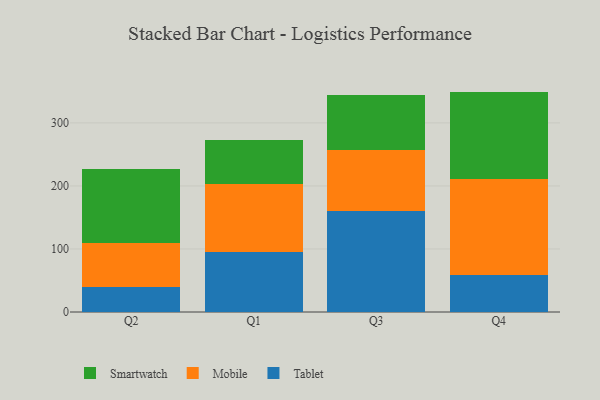
{"axis": {"x": "Quarter", "y": "Headcount"}, "legend": ["Mobile", "Smartwatch", "Tablet"], "data": [{"x": "Q2", "y": 39.6, "type": "Tablet"}, {"x": "Q2", "y": 69.5, "type": "Mobile"}, {"x": "Q2", "y": 117.1, "type": "Smartwatch"}, {"x": "Q1", "y": 94.6, "type": "Tablet"}, {"x": "Q1", "y": 107.9, "type": "Mobile"}, {"x": "Q1", "y": 70.0, "type": "Smartwatch"}, {"x": "Q3", "y": 160.0, "type": "Tablet"}, {"x": "Q3", "y": 96.9, "type": "Mobile"}, {"x": "Q3", "y": 87.5, "type": "Smartwatch"}, {"x": "Q4", "y": 58.7, "type": "Tablet"}, {"x": "Q4", "y": 151.8, "type": "Mobile"}, {"x": "Q4", "y": 139.2, "type": "Smartwatch"}]}